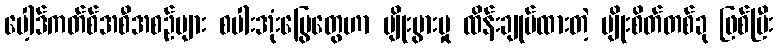
ပေါ့ဒ်ကတ်စ်အစီအစဉ်များ စပါးအုံးမြွေတွေဟာ မျိုးပွားမှု ထိန်းချုပ်ထားတဲ့ မျိုးစိတ်တစ်ခု ဖြစ်ပြီး